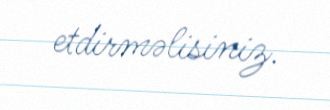
etdirməlisiniz.